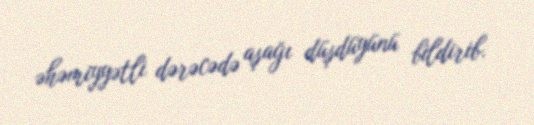
əhəmiyyətli dərəcədə aşağı düşdüyünü bildirib.